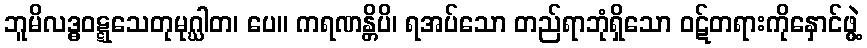
ဘူမိလဒ္ဓဝဋ္ဋသေတုမုဂ္ဃါတ၊ ပေ။ ကရဏန္တိပိ၊ ရအပ်သော တည်ရာဘုံရှိသော ဝဋ်တရားကိုနှောင်ဖွဲ့